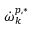
\dot { \omega } _ { k } ^ { p , * }